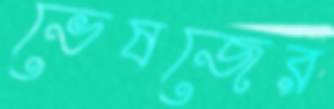
ভেষজের